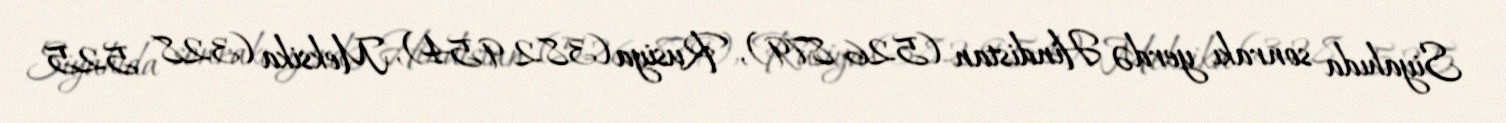
Siyahıda sonrakı yerdə Hindistan (526 879), Rusiya (382 954), Meksika (328 525